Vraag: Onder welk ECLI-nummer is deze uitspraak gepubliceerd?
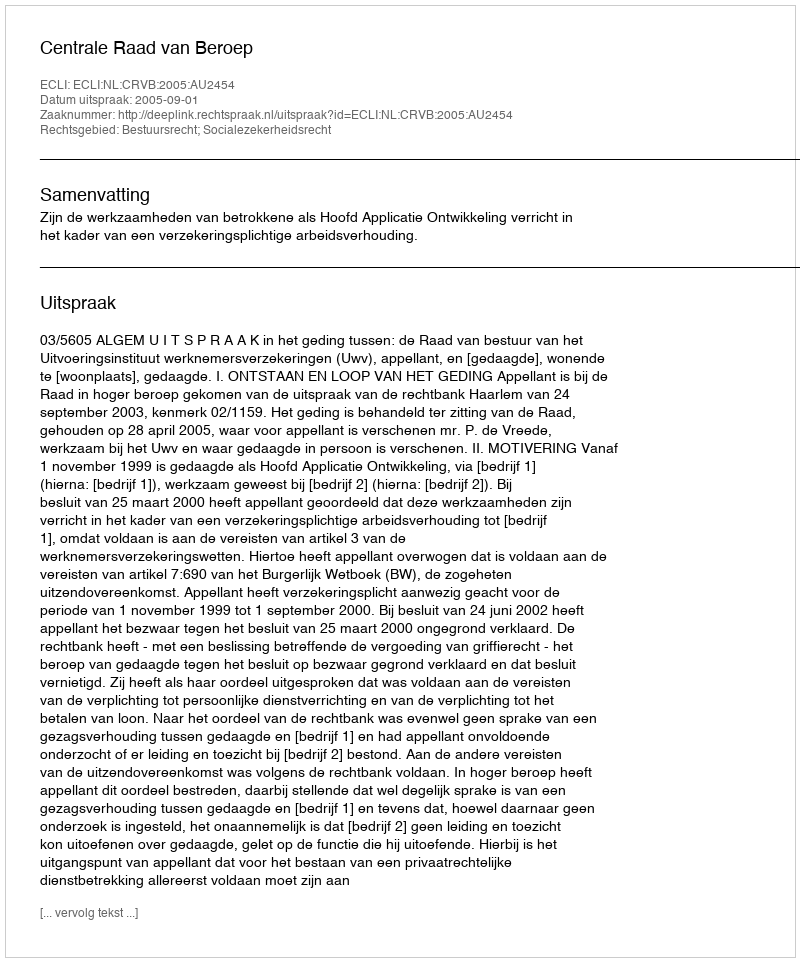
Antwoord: ECLI:NL:CRVB:2005:AU2454